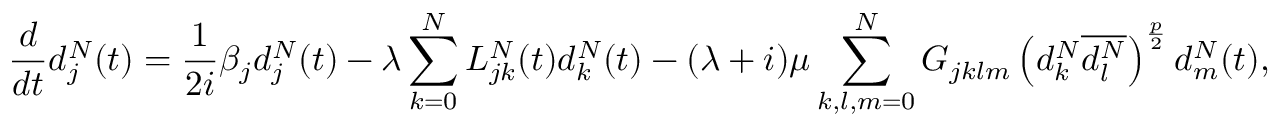
\frac { d } { d t } d _ { j } ^ { N } ( t ) = \frac { 1 } { 2 i } \beta _ { j } d _ { j } ^ { N } ( t ) - \lambda \sum _ { k = 0 } ^ { N } L _ { j k } ^ { N } ( t ) d _ { k } ^ { N } ( t ) - ( \lambda + i ) \mu \sum _ { k , l , m = 0 } ^ { N } G _ { j k l m } \left( d _ { k } ^ { N } \overline { { d _ { l } ^ { N } } } \right) ^ { \frac { p } { 2 } } d _ { m } ^ { N } ( t ) ,